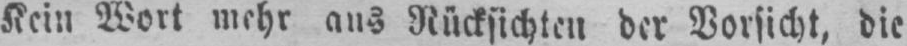
Kein Wort mehr aus Rücksichten der Vorsicht, die